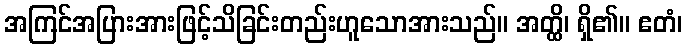
အကြင်အပြားအားဖြင့်သိခြင်းတည်းဟူသောအားသည်။ အတ္ထိ၊ ရှိ၏။ ဧတံ၊